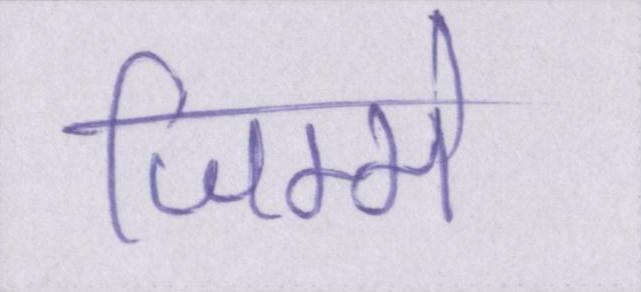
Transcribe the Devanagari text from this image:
जिम्मे